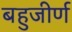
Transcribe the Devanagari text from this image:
बहुजीर्ण